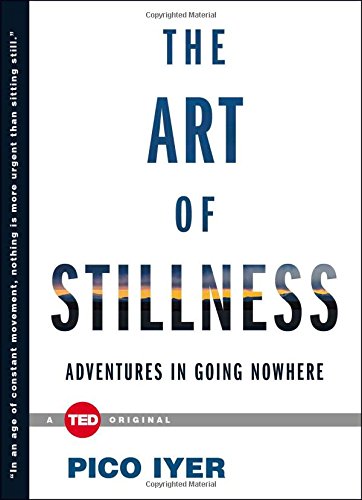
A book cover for The Art of Stillness: Adventures in Going Nowhere (TED Books); Pico Iyer; Self-Help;